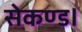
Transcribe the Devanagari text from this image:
सेकण्ड।